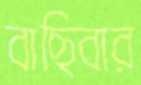
বাছিবার